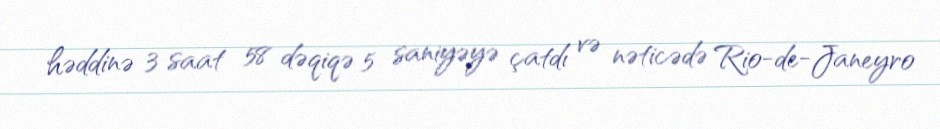
həddinə 3 saat 58 dəqiqə 5 saniyəyə çatdı və nəticədə Rio-de-Janeyro